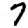
Digit: 7